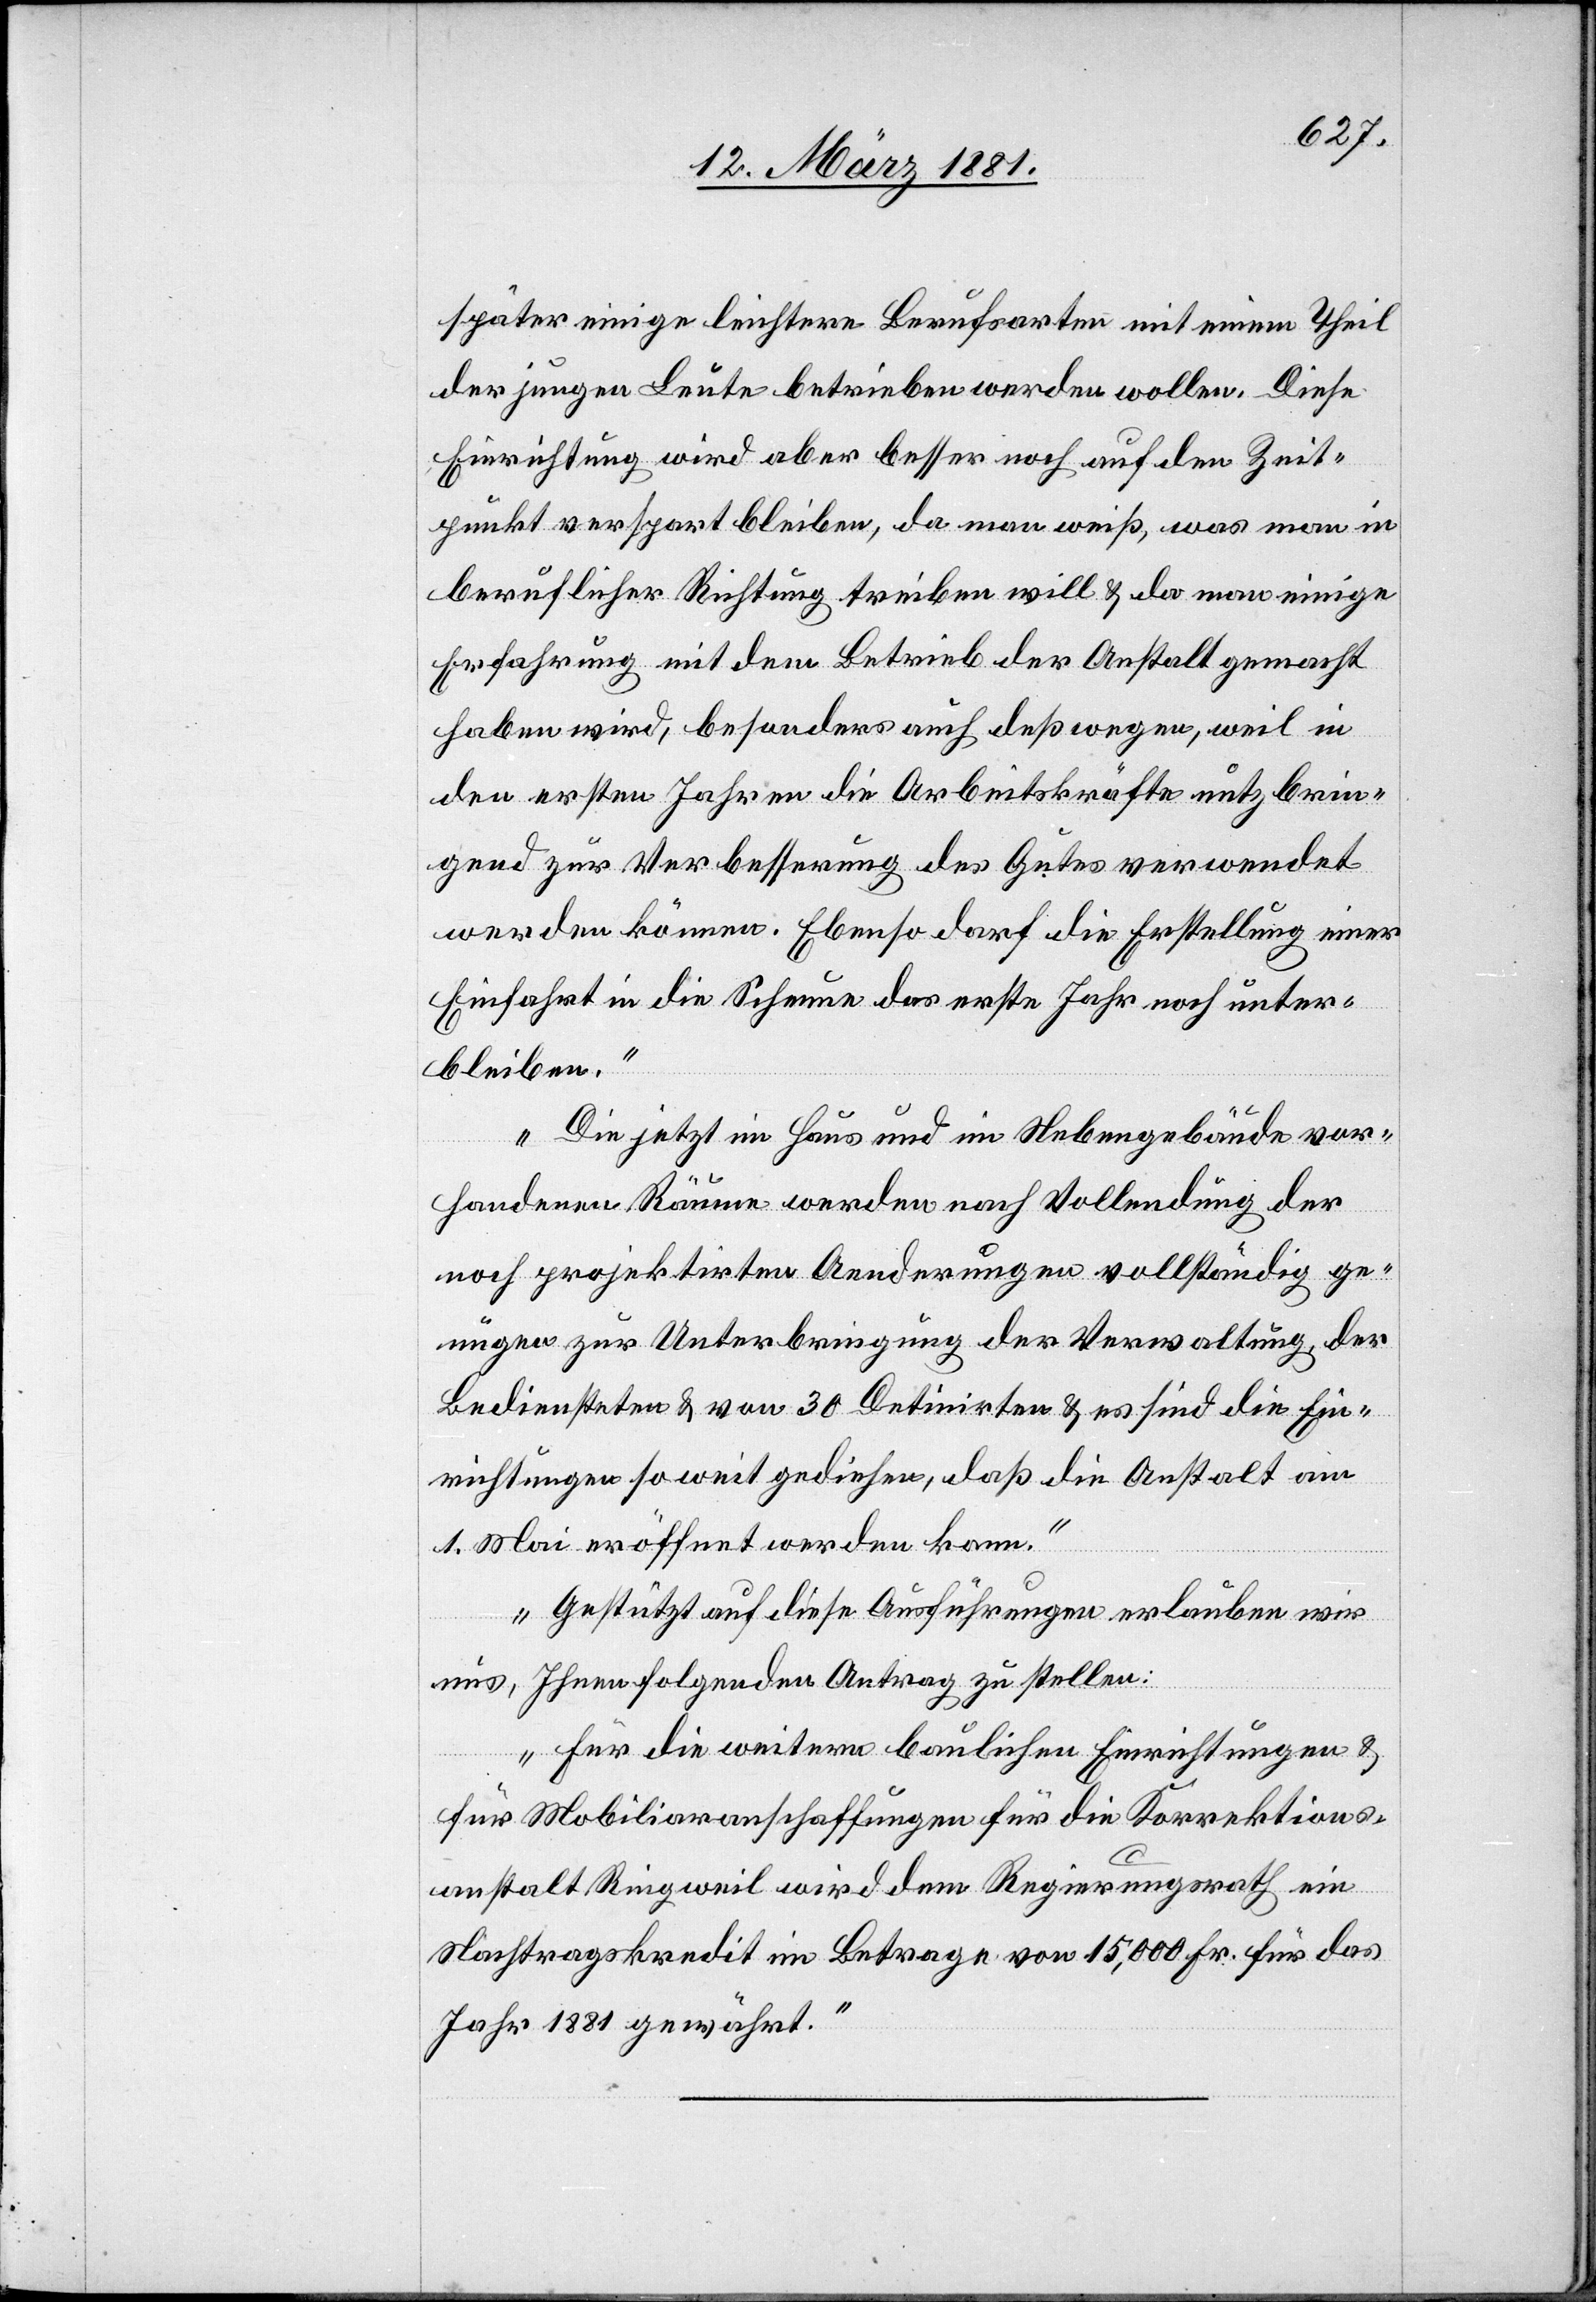
später einige leichtere Berufsarten mit einem Theil
der jungen Leute betrieben werden wollen. Diese
Einrichtung wird aber besser noch auf den Zeit¬
punkt verspart bleiben, da man weiß, was man in
beruflicher Richtung treiben will & da man einige
Erfahrung mit dem Betrieb der Anstalt gemacht
haben wird, besonders auch deßwegen, weil in
den ersten Jahren die Arbeitskräfte nutzbrin¬
gend zur Verbesserung des Gutes verwendet
werden können. Ebenso darf die Erstellung einer
Einfahrt in die Scheune das erste Jahr noch unter¬
bleiben.“
„Die jetzt im Haus und im Nebengebäude vor¬
handenen Räume werden nach Vollendung der
noch projektirten Aenderungen vollständig ge¬
nügen zur Unterbringung der Verwaltung, der
Bediensteten & von 30 Detinirten & es sind die Ein¬
richtungen so weit gediehen, daß die Anstalt am
1. Mai eröffnet werden kann.“
„Gestützt auf diese Ausführungen erlauben wir
uns, Ihnen folgenden Antrag zu stellen:
Für die weitern baulichen Einrichtungen &
für Mobiliaranschaffungen für die Korrektions¬
anstalt Ringweil wird dem Regierungsrath ein
Nachtragskredit im Betrage von 15,000 Fr. für das
Jahr 1881 gewährt.“